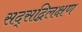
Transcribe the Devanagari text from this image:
सद्सद्विलक्षण